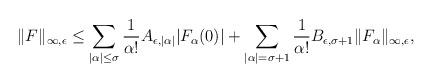
LaTeX: \begin{align*}\| F \|_{\infty,\epsilon}\leq\sum_{|\alpha |\leq \sigma} \frac {1}{\alpha !}A_{\epsilon,|\alpha |} |F_{\alpha}(0)|+\sum_{|\alpha |=\sigma+1} \frac {1}{\alpha !}B_{\epsilon, \sigma+1} \| F_\alpha \|_{\infty,\epsilon},\end{align*}